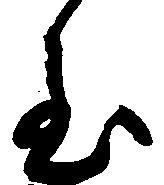
至